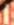
1